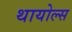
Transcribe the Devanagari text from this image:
थायोल्स